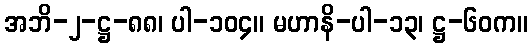
အဘိ-၂-ဋ္ဌ-၈၈၊ ပါ-၁၀၄။ မဟာနိ-ပါ-၁၃၊ ဋ္ဌ-၆၀က။